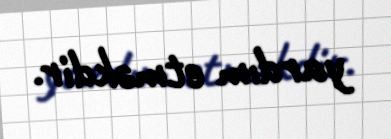
yardım etməkdir.